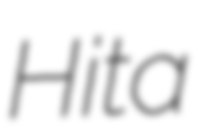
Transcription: Hita